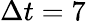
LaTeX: \Delta t=7